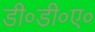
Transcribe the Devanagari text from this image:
डी०डी०ए०